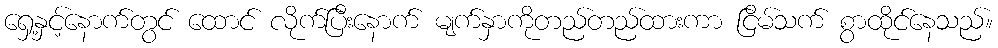
ရှေ့နှင့်နောက်တွင် ထောင် လိုက်ပြီးနောက် မျက်နှာကိုတည်တည်ထားကာ ငြိမ်သက် စွာထိုင်နေသည်။